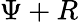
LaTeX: \Psi+R